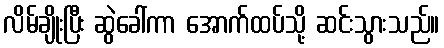
လိမ်ချိုးပြီး ဆွဲခေါ်ကာ အောက်ထပ်သို့ ဆင်းသွားသည်။